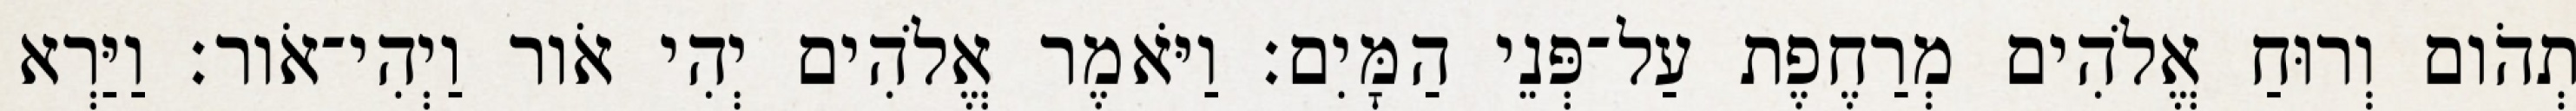
תְהֹום וְרוּחַ אֱלֹהִים מְרַחֶפֶת עַל־פְּנֵי הַמָּיִם׃ וַיֹּאמֶר אֱלֹהִים יְהִי אֹור וַיְהִי־אֹור׃ וַיַּרְא